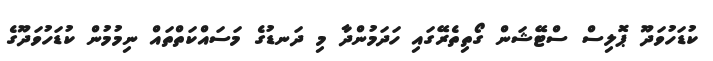
ކުޑަހުވަދޫ ޕޮލިސް ސްޓޭޝަން ގޯތިތެރޭގައި ހަދަމުންދާ މި ދަނޑުގެ މަސައްކަތްތައް ނިމުމުން ކުޑަހުވަދޫގެ